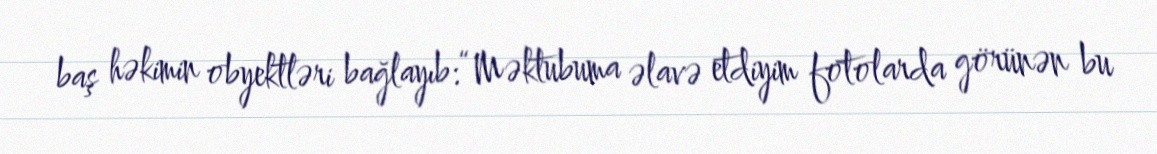
baş həkimin obyektləri bağlayıb:“Məktubuma əlavə etdiyim fotolarda görünən bu